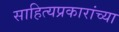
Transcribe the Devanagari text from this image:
साहित्यप्रकारांच्या